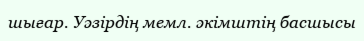
шығар. Уәзірдің мемл. әкімштің басшысы